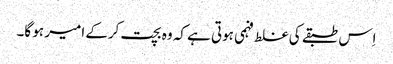
اِس طبقے کی غلط فہمی ہوتی ہے کہ وہ بچت کرکے امیر ہو گا۔